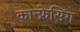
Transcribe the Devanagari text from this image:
कान्फ्रेसिंग